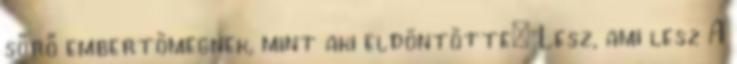
sőrő embertömegnek, mint aki eldöntötte: Lesz, ami lesz A